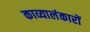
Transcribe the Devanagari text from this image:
काव्यालंकारों